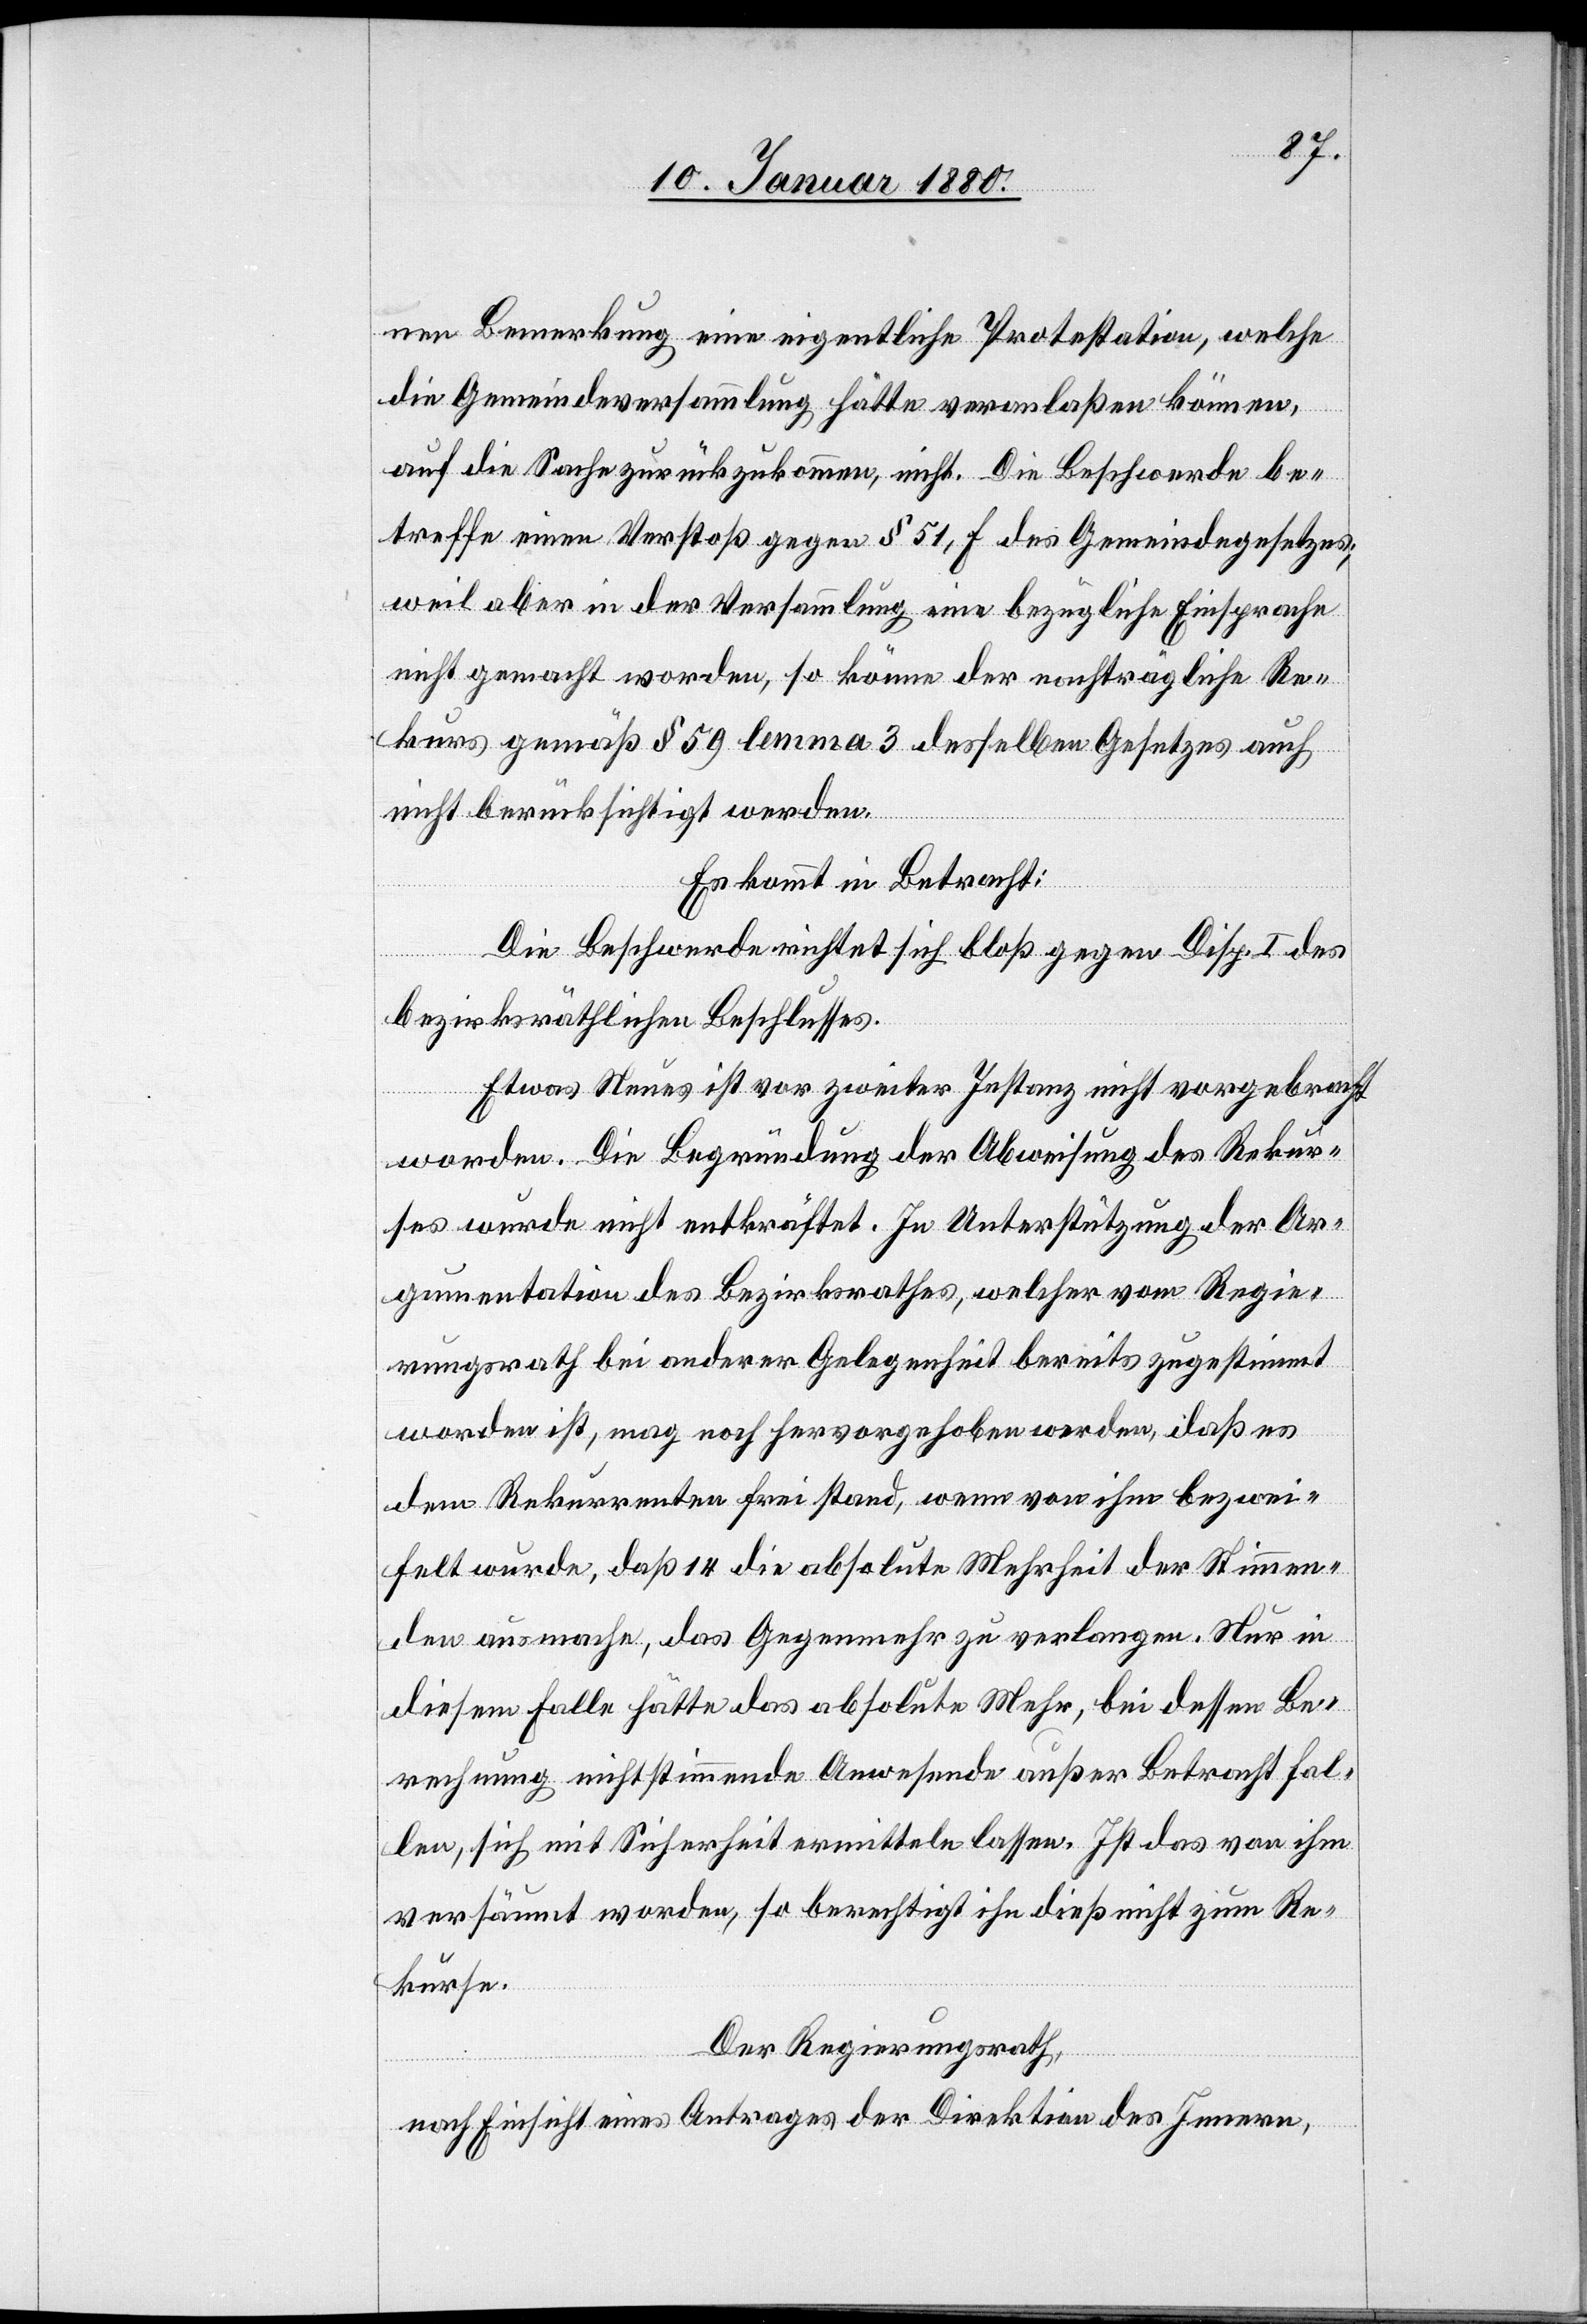
nen Bemerkung eine eigentliche Protestation, welche
die Gemeindeversammlung hätte veranlaßen können,
auf die Sache zurückzukommen, nicht. Die Beschwerde be¬
treffe einen Verstoß gegen § 51, f des Gemeindegesetzes;
weil aber in der Versammlung eine bezügliche Einsprache
nicht gemacht worden, so könne der nachträgliche Re¬
kurs gemäß § 59 Lemma 3 desselben Gesetzes auch
nicht berücksichtigt werden.
Es kommt in Betracht,
Die Beschwerde richtet sich bloß gegen Disp. I des
bezirksräthlichen Beschlusses.
Etwas Neues ist vor zweiter Instanz nicht vorgebracht
worden. Die Begründung der Abweisung des Rekur¬
ses wurde nicht entkräftet. In Unterstützung der Ar¬
gumentation des Bezirksrathes, welcher vom Regie¬
rungsrath bei anderer Gelegenheit bereits zugestimmt
worden ist, mag noch hervorgehoben werden, daß es
dem Rekurrenten frei stand, wenn von ihm bezwei¬
felt wurde, daß 14 die absolute Mehrheit der Stimmen¬
den ausmache, das Gegenmehr zu verlangen. Nur in
diesem Falle hätte das absolute Mehr, bei dessen Be¬
rechnung nicht stimmende Anwesende außer Betracht fal¬
len, sich mit Sicherheit ermitteln lassen. Ist das von ihm
versäumt worden, so berechtigt ihn dieß nicht zum Re¬
kurse.
Der Regierungsrath,
nach Einsicht eines Antrages der Direktion des Innern,